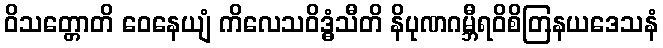
ဝိသတ္တောတိ ဝေနေယျံ ကိလေသဝိဒ္ဓံသီတိ နိပုဏဂမ္ဘီရဝိစိတြနယဒေသနံ